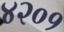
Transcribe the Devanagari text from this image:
४२०१